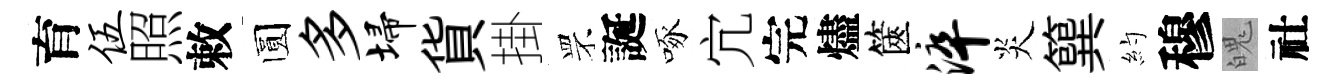
育伍照敕圆多埽貨掛罘誕啄宂完燼篋淬炎簨約穆魄社